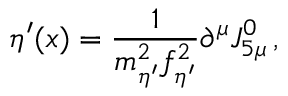
\eta ^ { \prime } ( x ) = { \frac { 1 } { m _ { \eta ^ { \prime } } ^ { 2 } f _ { \eta ^ { \prime } } ^ { 2 } } } \partial ^ { \mu } J _ { 5 \mu } ^ { 0 } \, ,